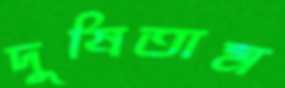
দুষিতাম